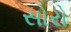
સોરો